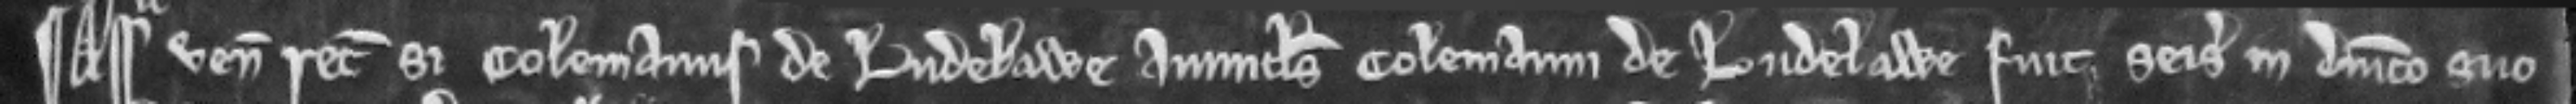
¶ Assisa venit recognitura si Colemanus de Ludelawe avunculus Colemanni de Ludelawe fuit seisitus in dominico suo